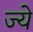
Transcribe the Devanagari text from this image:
ज्ये